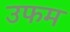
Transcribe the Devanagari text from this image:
उफम